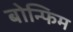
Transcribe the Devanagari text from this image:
बोन्फिम